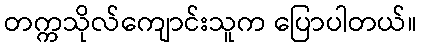
တက္ကသိုလ်ကျောင်းသူက ပြောပါတယ်။